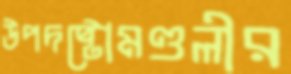
উপদষ্টোমণ্ডলীর